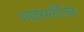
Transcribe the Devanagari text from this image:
आइसलॅंडिक